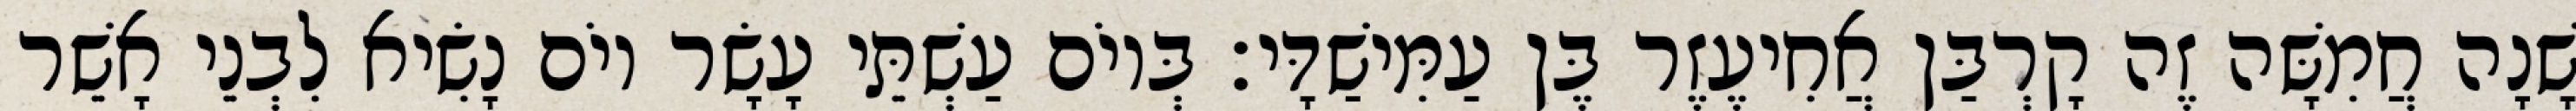
שָׁנָה חֲמִשָּׁה זֶה קָרְבַּן אֲחִיעֶזֶר בֶּן עַמִּישַׁדָּי׃ בְּיוֹם עַשְׁתֵּי עָשָׂר יוֹם נָשִׂיא לִבְנֵי אָשֵׁר